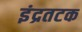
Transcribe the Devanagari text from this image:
इंद्रतटक